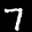
Label: 7